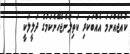
ކުއްޖެއްނަމަ އެއްބަކަރި ކަތިލަންޖެހޭނެކަމުގެ ދަލީލަކީ